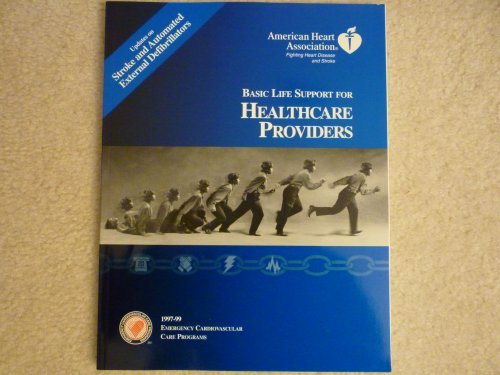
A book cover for Basic Life Support for Healthcare Providers (American Heart Association); American Heart Association Staff; Health, Fitness & Dieting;